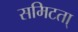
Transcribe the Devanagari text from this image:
समिटता्